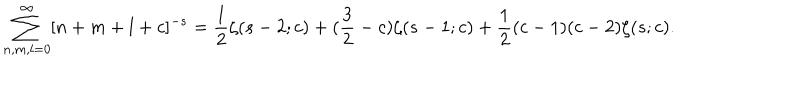
LaTeX: \sum _ { n , m , l = 0 } ^ { \infty } [ n + m + l + c ] ^ { - s } = \frac { 1 } { 2 } \zeta ( s - 2 ; c ) + ( \frac { 3 } { 2 } - c ) \zeta ( s - 1 ; c ) + \frac { 1 } { 2 } ( c - 1 ) ( c - 2 ) \zeta ( s ; c ) .